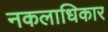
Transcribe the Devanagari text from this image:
नकलाधिकार